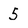
Character: 5